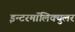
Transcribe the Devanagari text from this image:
इन्टरमॉलिक्युलर